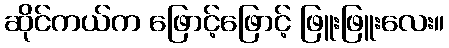
ဆိုင်ကယ်က ဖြောင့်ဖြောင့် ဖြူးဖြူးလေး။